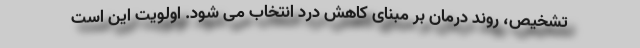
تشخیص، روند درمان بر مبنای کاهش درد انتخاب می شود. اولویت این است